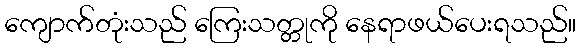
ကျောက်တုံးသည် ကြေးသတ္တုကို နေရာဖယ်ပေးရသည်။